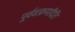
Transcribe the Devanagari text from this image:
पूर्ववत्क्रमादिति